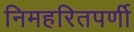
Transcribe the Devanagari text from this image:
निमहरितपर्णी